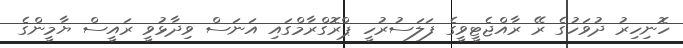
ހޮނިހިރު ދުވަހުގެ ރޭ ރާއްޖެޓީވީގެ ފަލަސުރުހީ ޕްރޮގްރާމްގައި އަނަސް ވިދާޅުވީ ރައީސް ޔާމީންގެ